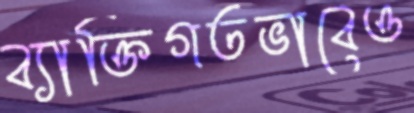
ব্যাক্তিগতভাবেও